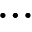
\ldots